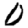
Digit: 0